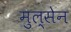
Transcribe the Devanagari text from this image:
मुल्सेन